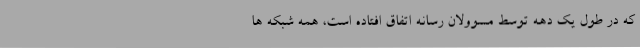
که در طول یک دهه توسط مسوولان رسانه اتفاق افتاده است، همه شبکه ها